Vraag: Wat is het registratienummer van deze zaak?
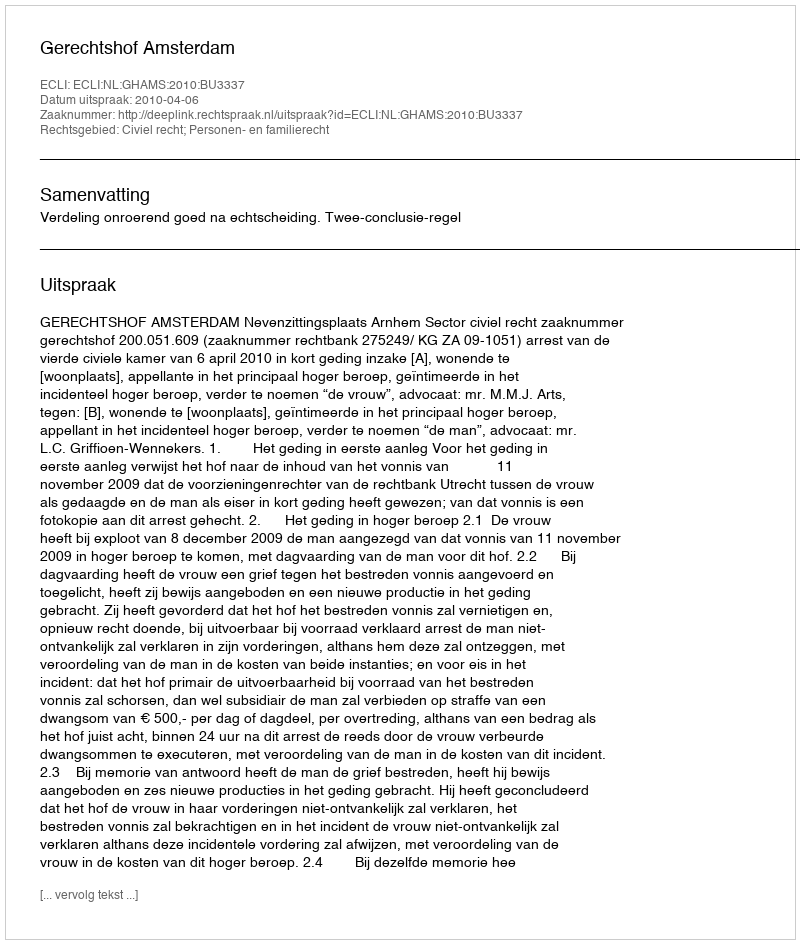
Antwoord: http://deeplink.rechtspraak.nl/uitspraak?id=ECLI:NL:GHAMS:2010:BU3337